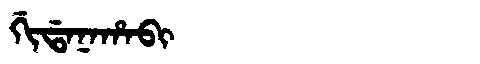
Manchu: ᡤᡳᡩᠠᠨᠠᡥᠠᠪᡳ
Romanization: GIDANAHABI